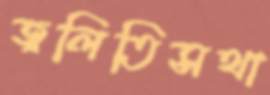
জ্বলিতিসথা